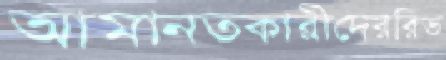
আমানতকারীদেররিভ